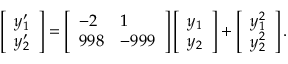
\left[ \begin{array} { l } { y _ { 1 } ^ { \prime } } \\ { y _ { 2 } ^ { \prime } } \end{array} \right] = \left[ \begin{array} { l l } { - 2 } & { 1 } \\ { 9 9 8 } & { - 9 9 9 } \end{array} \right] \left[ \begin{array} { l } { y _ { 1 } } \\ { y _ { 2 } } \end{array} \right] + \left[ \begin{array} { l } { y _ { 1 } ^ { 2 } } \\ { y _ { 2 } ^ { 2 } } \end{array} \right] .